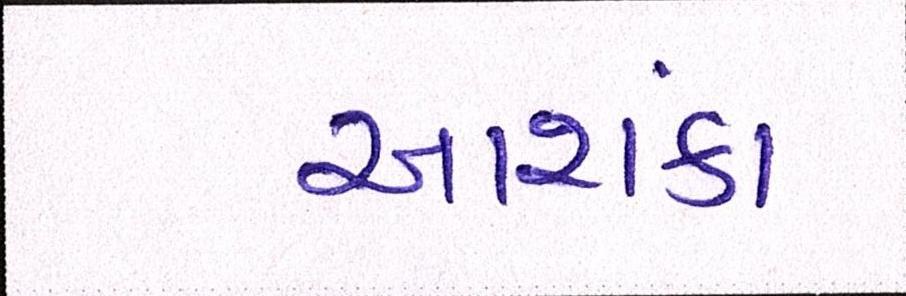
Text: આશંકા